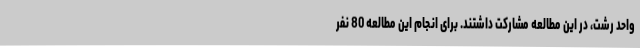
واحد رشت، در این مطالعه مشارکت داشتند. برای انجام این مطالعه 80 نفر